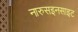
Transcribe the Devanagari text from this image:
नारुसइनसाइट